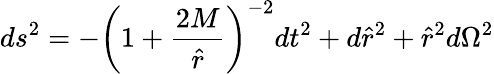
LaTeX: ds^{2}=-\left(1+\frac{2M}{\hat{r}}\right)^{-2}dt^{2}+d{\hat{r}}^{2}+{\hat{r}}^{2}d\Omega^{2}